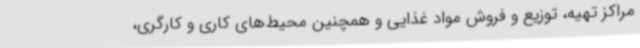
مراکز تهیه، توزیع و فروش مواد غذایی و همچنین محیط‌های کاری و کارگری،